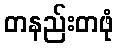
တနည်းတဖုံ